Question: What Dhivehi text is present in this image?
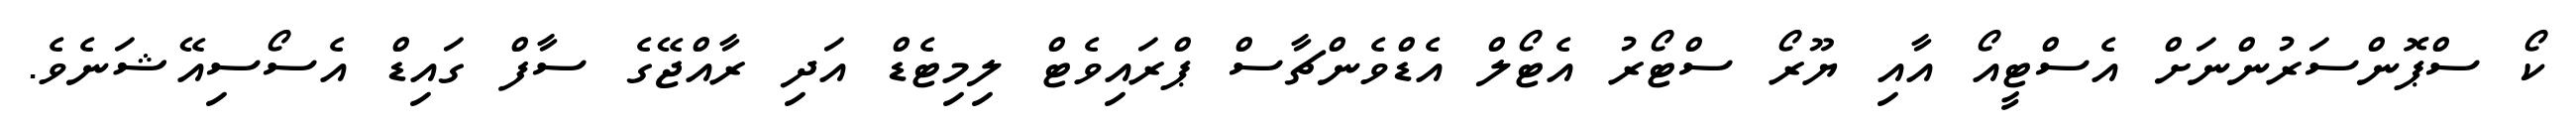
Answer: ކޯ ސްޕޮންސަރުންނަށް އެސްޓީއޯ އާއި ޔޫރޯ ސްޓޯރު އެޓޯލް އެޑްވެންޗާސް ޕްރައިވެޓް ލިމިޓެޑް އަދި ރާއްޖޭގެ ސާފް ގައިޑް އެސޯސިއޭޝަނެވެ.